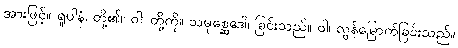
အားဖြင့်။ ရူပါနံ၊ တို့၏။ ဝါ၊ တို့ကို။ သမုစ္ဆေဒေါ၊ ခြင်းသည်။ ဝါ၊ လွန်မြောက်ခြင်းသည်။